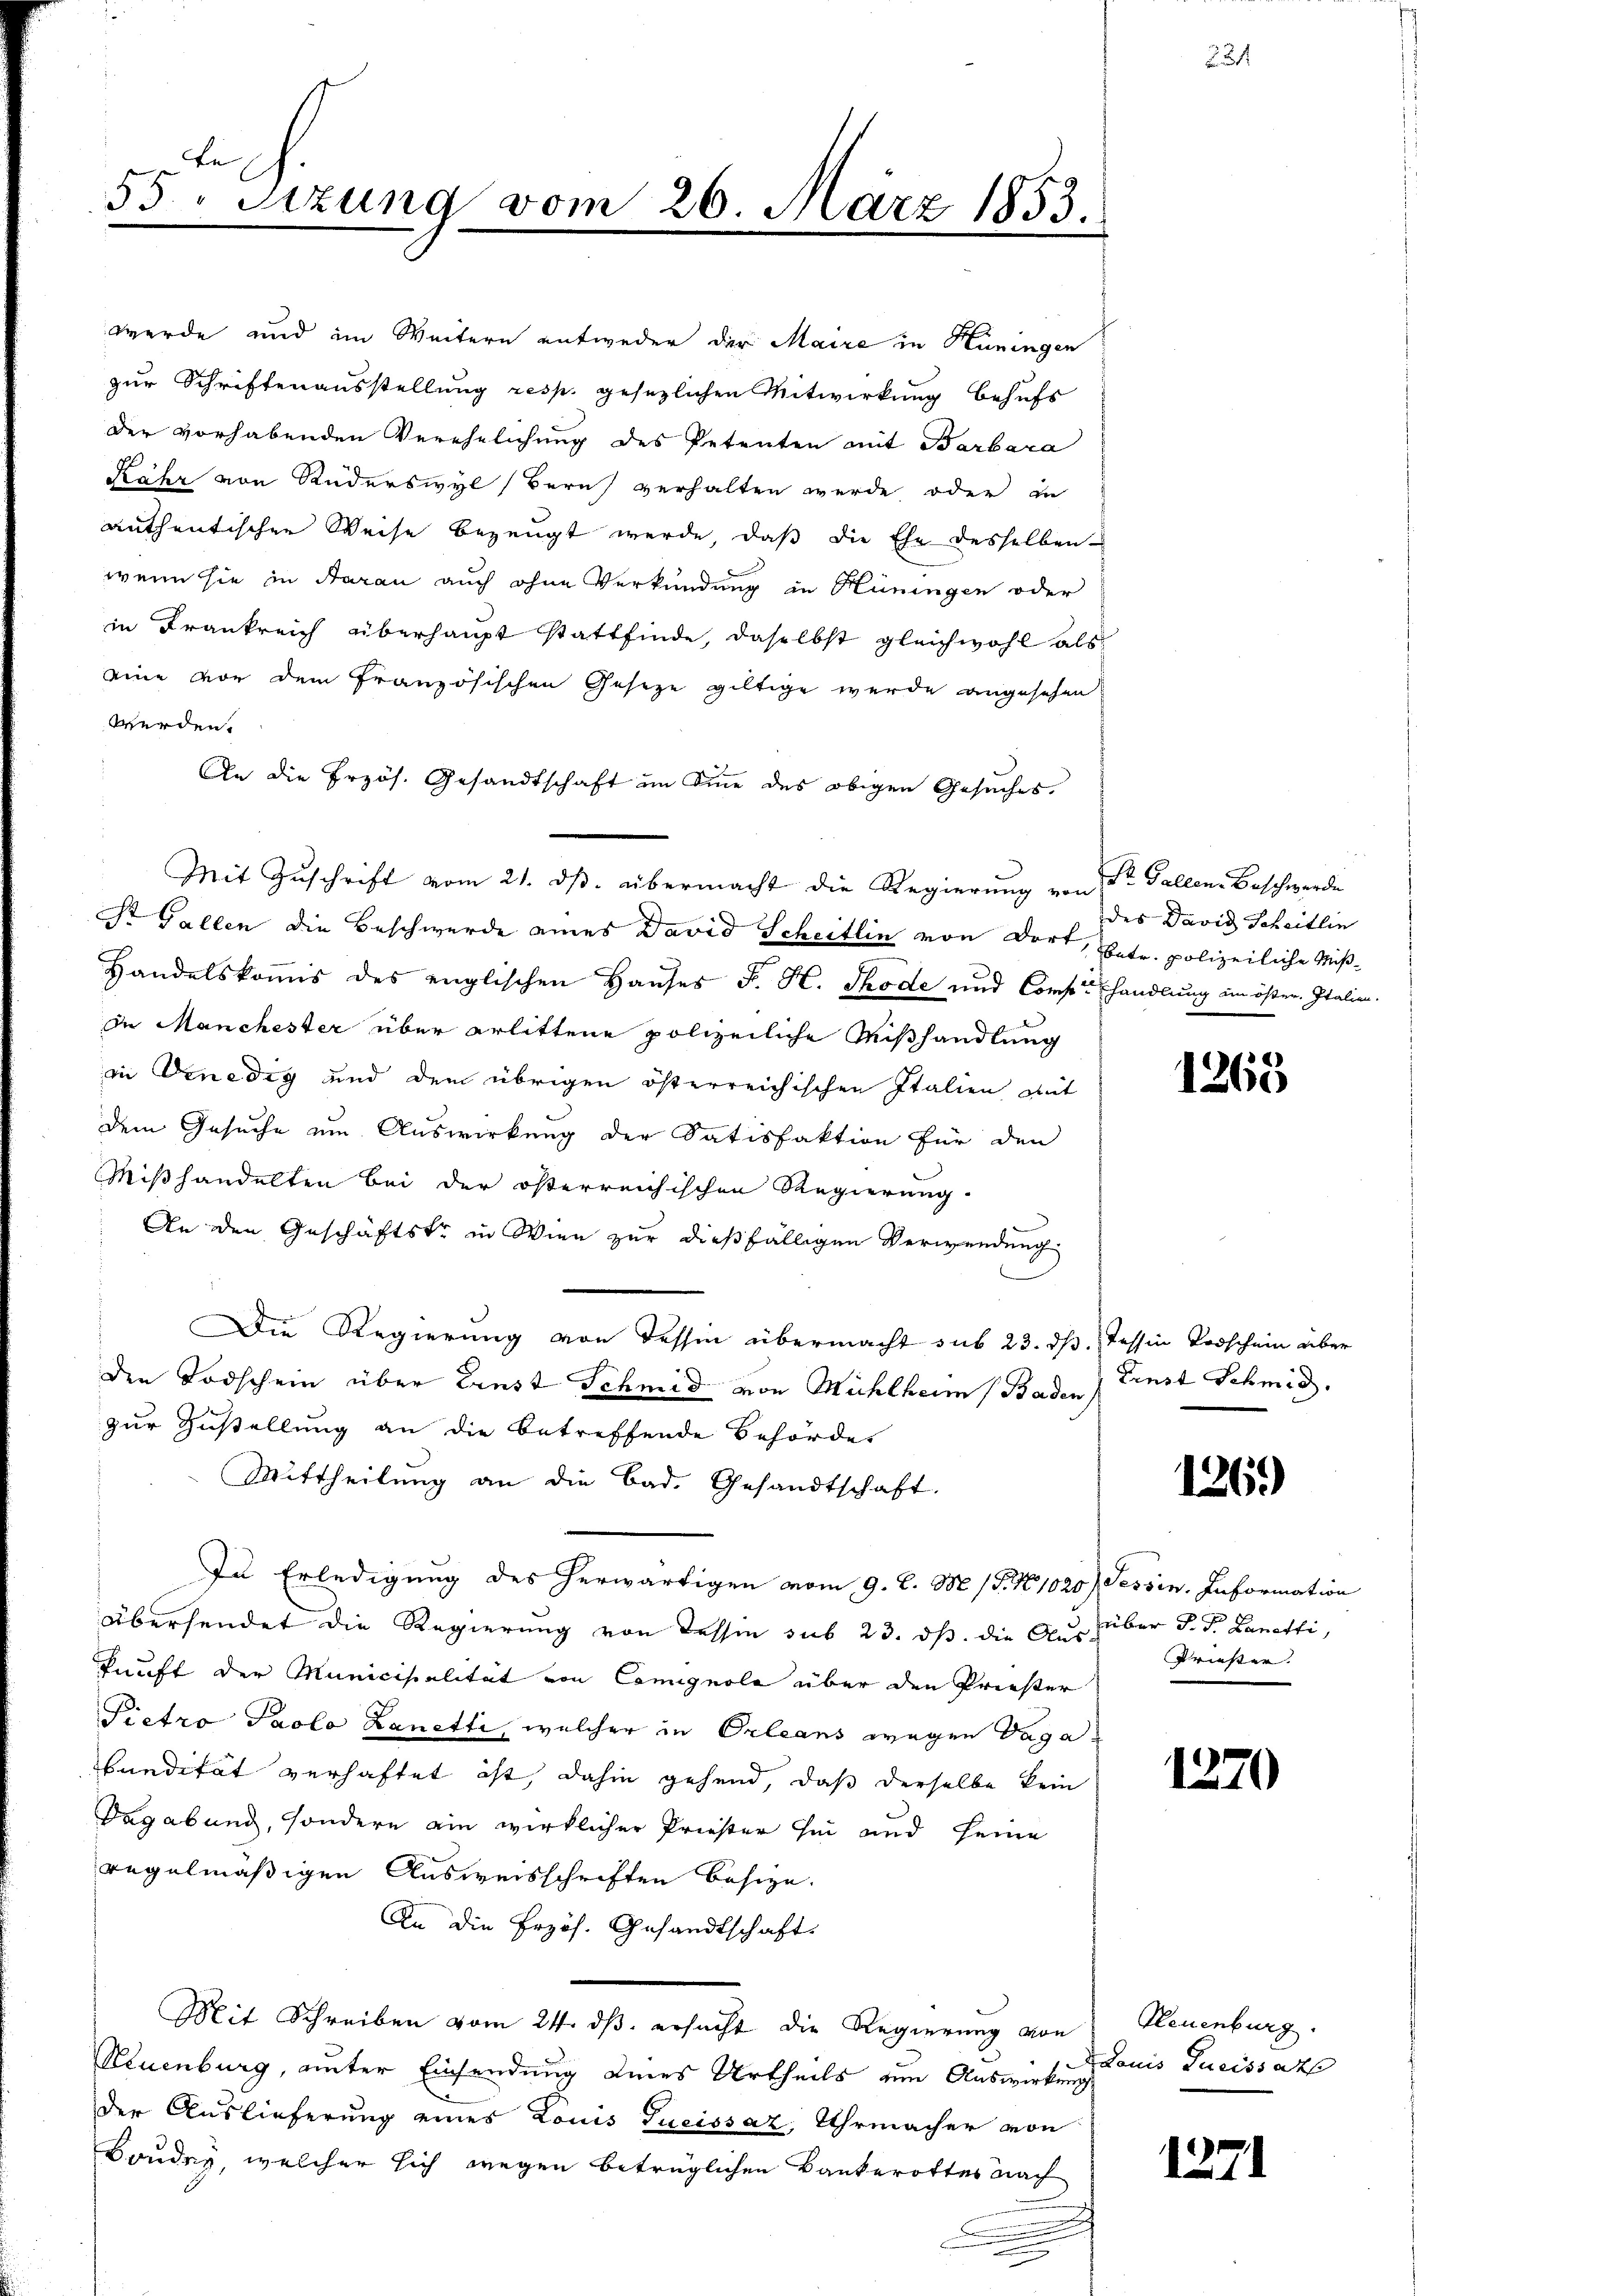
th.
55. Sitzung vom 26. März 1853.

werde und im Weitern entweder der Maire in Hüningen
zur Schriftenausstellung resp. gesezlichen Mitwirkung behufs
der vorhabenden Verehelichung des Petenten mit Barbara
Rähr von Ruderswyl (Bern verhalten wurde, oder in
authentischen Weise bezeugt werde, daß die Ehe desselben
wenn sie in Saran auch ohne Verkündung in Hüningen oder
in Frankreich überhaupt stattfinde, daselbst gleichwohl als
eine vor dem französischen Gesetze giltige wurde angesehen
werden.
An die Erzös. Gesandtschaft im Sinne des obigen Gesuches
Mit Zŭschrift vom 21. dβ. übermacht die Regierŭng von St. Gallen-Beschwerde
St. Gallen die Beschwerde eines David Scheitlin von dort, betr. polizeiliche Miß¬
Handelskommis des englischen Hauses F. H. Thode und Comp handlung im öster Italien.
In Manchester über erlittene polizeiliche Mißhandlung
in Venedig und dem übrigen österreichischen Italien mit
dem Gesuche um Auswirkung der Satisfaktion für den
Mißhandelten bei der österreichischen Regierung.
An den Geschäftstr in Wien zur dießfälligen Verwendung
Die Regierung von dessen übermacht sub 23. ds. Tessin Vorschein über
den Todschein über Ernst Schmid von Mühlheim (Baden Einst Schmid.
zur Zustellung an die betreffende Behörder
Mittheilung an die Bad. Gesandtschaft.
In Erledigung des herwärtigen vom 9. d. M. (T. No 1020) Tessin. Information
übersendet die Regierung von dessen sub 23. ds. die Ausüber d. J. Lanetti,
kunft der Municipalität von Comignola über den Priester
Pietro Paolo Zanetti, welcher in Orleans wegen Vagabandität verhaftet ist, dahin gehend, daß derselbe kein
Vagabund, sondern ein wirklicher Priester hin und seine
regelmäßigen Ausweisschriften besize.
An die Erzöh. Gesandtschaft.
Mit Schreiben vom 24. dβ ersucht die Regierung von Neuenburg.
Kluenburg, unter Einsendung eines Urtheils um Auswirkung
der Auslieferung eines Louis Tueissaz, Uhrmacher von
Boudey, welcher sich wegen betrüglichen Bankerottes nach

des David Scheitlin

1263

2

1261)

Priester. |

1270

Adonis Tueiss als

1271